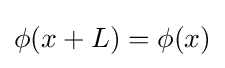
\phi (x+L)=\phi (x)